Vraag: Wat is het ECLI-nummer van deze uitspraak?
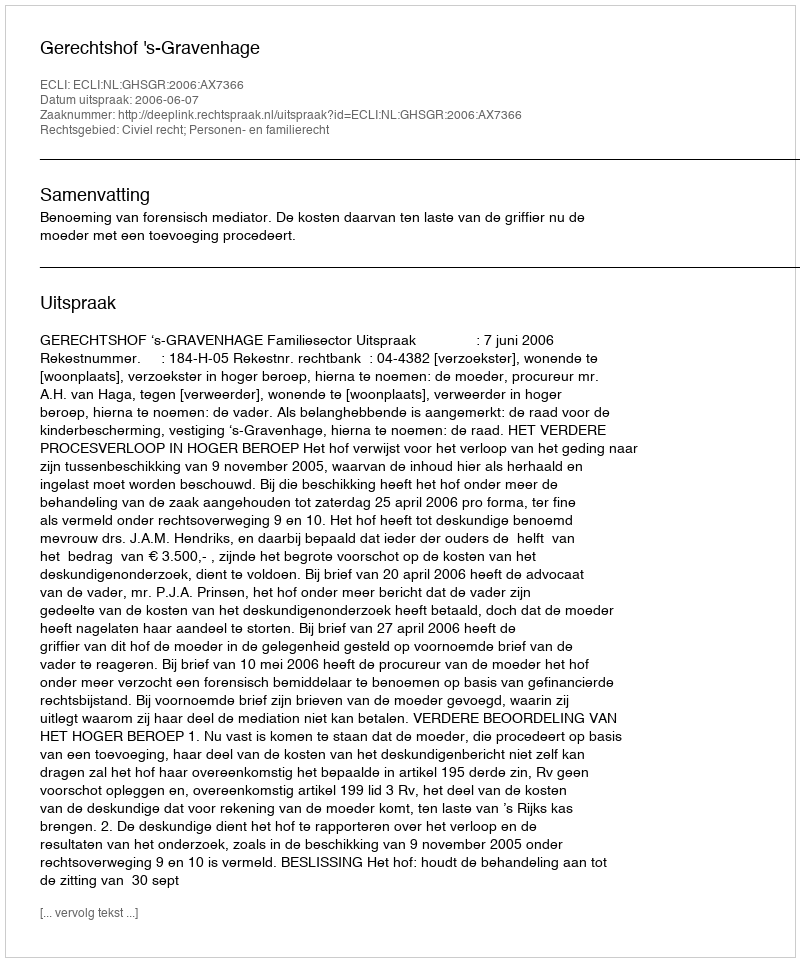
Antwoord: ECLI:NL:GHSGR:2006:AX7366